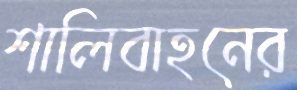
শালিবাহনের